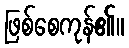
ဖြစ်စေကုန်၏။